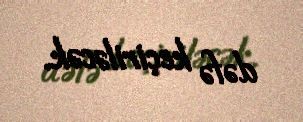
dəfə keçiriləcək.